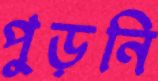
পুড়নি